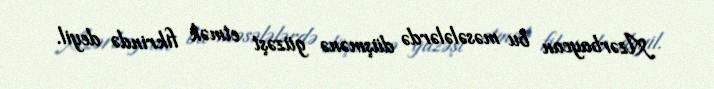
Azərbaycan bu məsələlərdə düşmənə güzəşt etmək fikrində deyil.